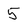
Character: 5